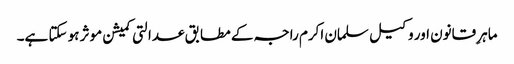
ماہرِ قانون اور وکیل سلمان اکرم راجہ کے مطابق عدالتی کمیشن موثر ہو سکتا ہے۔